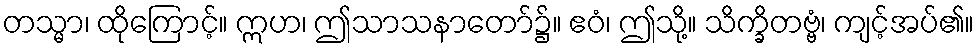
တသ္မာ၊ ထိုကြောင့်။ ဣဟ၊ ဤသာသနာတော်၌။ ဧဝံ၊ ဤသို့။ သိက္ခိတဗ္ဗံ၊ ကျင့်အပ်၏။